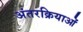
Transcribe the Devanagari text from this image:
अंतरक्रियाओं